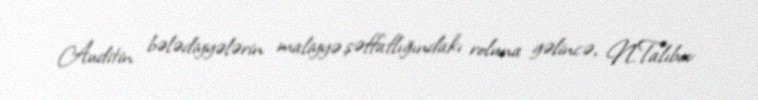
Auditin bələdiyyələrin maliyyə şəffaflığındakı roluna gəlincə, N.Talıbov